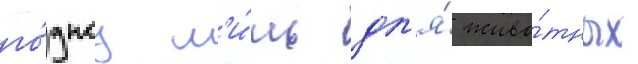
го́дноу л'и́шь дл'я́ живо́тных